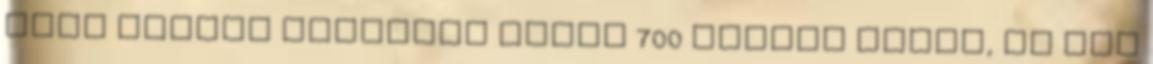
hogy kimegy százezer ember 700 forint miatt, ha nem